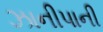
ઝાનીપાની